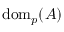
\mathrm { d o m } _ { p } ( A )